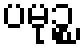
ပမုဉ္စ